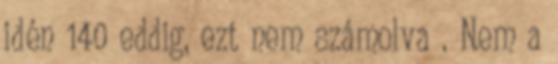
idén 140 eddig, ezt nem számolva . Nem a